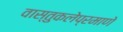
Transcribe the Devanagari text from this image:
वास्तुकलेप्रमाणे